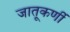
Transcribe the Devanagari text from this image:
जातूकर्णी